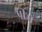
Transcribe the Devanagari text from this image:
प्रीमे